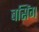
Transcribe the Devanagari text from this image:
बसिंग